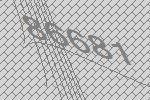
86681